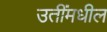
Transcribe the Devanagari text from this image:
उतींमधील